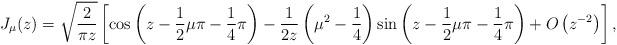
LaTeX: \begin{align*} J_{\mu}(z)=\sqrt{\frac{2}{\pi z}}\left [\cos\left (z-\frac{1}{2}\mu\pi-\frac{1}{4}\pi\right ) -\frac{1}{2z}\left(\mu^2-\frac{1}{4}\right)\sin\left(z-\frac{1}{2}\mu\pi-\frac{1}{4}\pi\right)+O\left (z^{-2}\right )\right ],\end{align*}